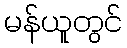
မန်ယူတွင်